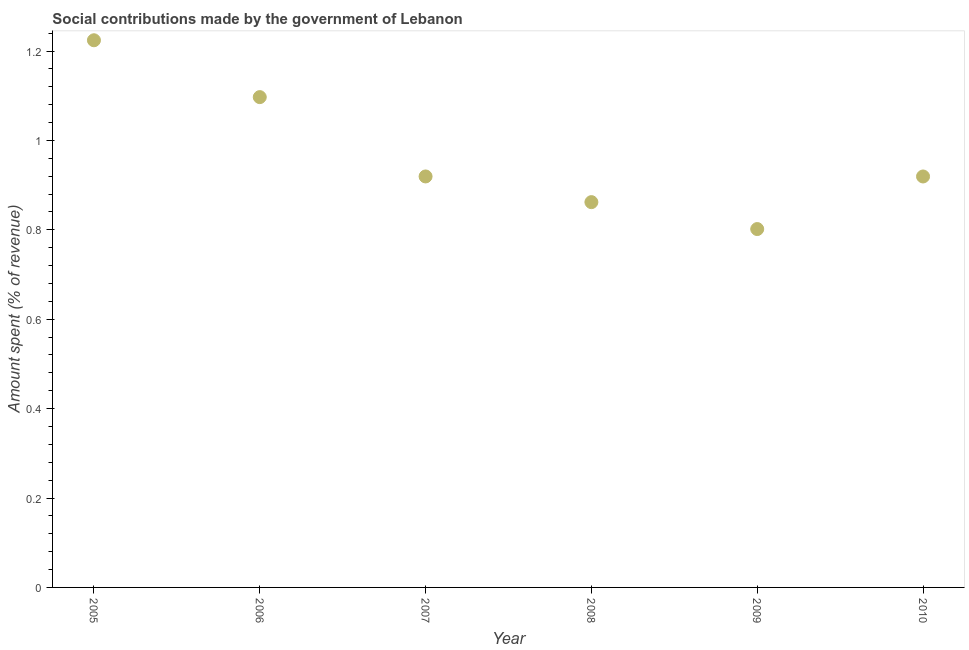
| Year | Social contributions |
 | --- | --- |
 | 2005 | 1.22 |
 | 2006 | 1.1 |
 | 2007 | 0.919 |
 | 2008 | 0.862 |
 | 2009 | 0.802 |
 | 2010 | 0.919 |